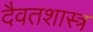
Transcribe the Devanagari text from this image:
दैवतशास्त्र